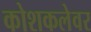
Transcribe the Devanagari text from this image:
कोशकलेवर